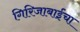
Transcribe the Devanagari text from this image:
गिरिजाबाईंचा